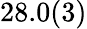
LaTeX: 28.0(3)